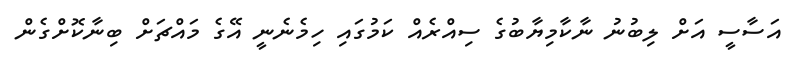
އަސާސީ އަށް ލިބުނު ނާކާމިޔާބުގެ ސިއްރެއް ކަމުގައި ހިމެނެނީ އޭގެ މައްޗަށް ބިނާކޮށްގެން